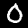
Label: 0